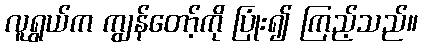
လူရွယ်က ကျွန်တော့်ကို ပြုံး၍ ကြည့်သည်။